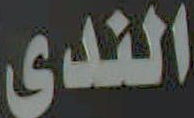
الندى